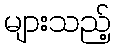
များသည့်